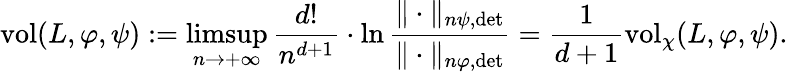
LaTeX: \begin{array}{r}{\operatorname{vol}(L,\varphi,\psi):=\displaystyle\operatorname*{limsup}_{n\to+\infty}\frac{d!}{n^{d+1}}\cdot\ln\frac{\| \cdot\| _{n\psi,\operatorname*{det}}}{\| \cdot\| _{n\varphi,\operatorname*{det}}}=\frac{1}{d+1}\operatorname{vol}_{\chi}(L,\varphi,\psi).}\end{array}